Civil Veterinary Department. Madras. Admin. report 1910-25 - 1910-1925
Year: 1910
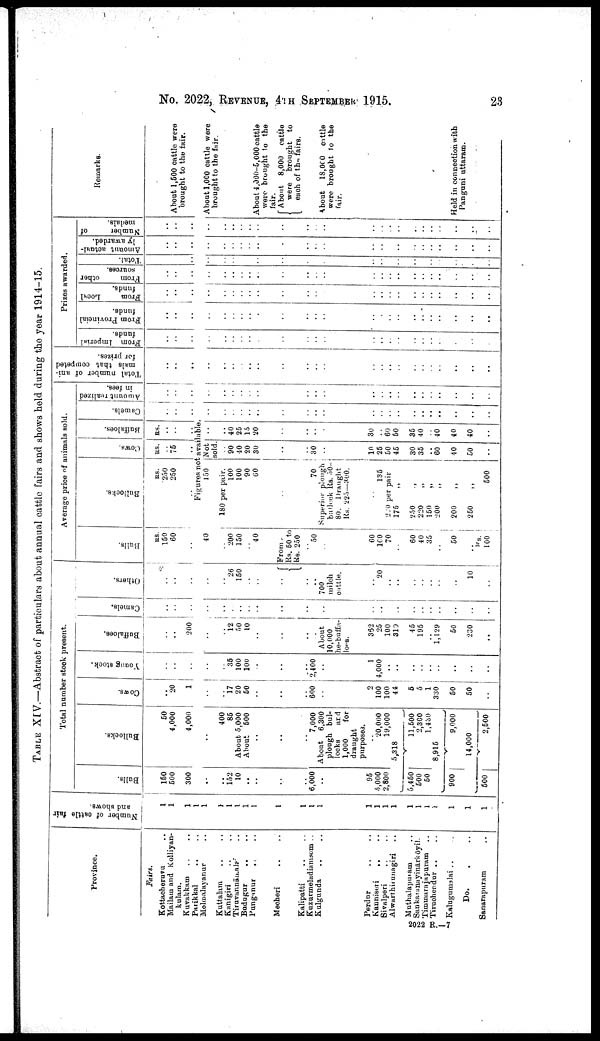
No. 2022, REVENUE, 4TH SEPTEMBER 1915.
23
TABLE XIV.—Abstract of particulars about annual cattle fairs and shows hold during the year 1914-15
Province.
Fairs.
Kottacheruvu ..
Mailam and Kolliyan-
kulam.
Kuvakkam .. ..
Parikkal .. ..
Melmalayanur ..
Kuttalam .. ..
Kanigiri .. ..
Tiruvunnāmal ..
Badugur .. ..
Punganur .. ..
Mecheri .. ..
Kalipatti .. ..
Kuzurmeladianisem ..
Kulgunda .. ..
Perdur .. ..
Kanniseri .. ..
Sivalperi .. ..
Alwarthirunagiri ..
Muthalapuram ..
Sankaranayinarkōyil.
Timmarajapuram ..
Tiruchendur .. ..
Kalugumslai .. .
Do. . ..
Sanarapuram ..
Number of cattle fair
and shows.
1
1
1
1
1
1
1
1
1
1
1
1
1
1
1
1
1
1
1
1
1
1
1
1
1
Total number stock present.
Bulls.
150
500
300
..
..
152
10
..
..
..
..
6,000
..
95
5,000
2,800
Bullocks.
50
4,000
4,000
..
400
85
About 5,000
About 500
..
..
..
7,000
About 6,300
plough bul
locks
and
1,000
for
draught
purposes.
..
20,000
19,000
5,318
5,450
500
50
11,600
2,300
1,430
8,915
900
9,000
14,000
500
2,500
Cows.
..
20
1
..
..
17
20
50
..
..
..
600
..
2
100
100
44
5
5
1
330
50
50
..
Young stock.
..
..
..
..
..
35
100
100
..
..
..
2,400
..
1
4,000
..
..
..
..
..
..
..
..
..
Buffaloes.
..
..
200
..
..
12
50
10
..
..
..
.
About
10,000
he-buffa-
loes.
362
25
100
310
45
195
..
1,129
50
230
..
Camels.
..
..
..
..
..
..
..
..
..
..
..
..
..
..
..
..
..
..
..
..
..
..
Others.
..
..
..
..
..
26
150
..
..
..
..
..
700
milch
cattle.
..
20
..
..
..
..
..
..
..
10
..
Average price of animals sold.
Bulls.
RS.
150
60
..
40
..
200
150
..
40
From
Rs. 50 to
Rs. 250
..
50
60
100
70
60
40
35
..
50
..
Rs.
100
Bullocks.
RS.
250
250
Cows.
RS.
..
75
..
Buffaloes.
RS.
..
..
..
Figures not available
150
180 per pair.
100
100
90
60
70
Superior plough
bullock Rs. 50
80. Draught
Rs 225—300.
135
2 0 per pair
175 „
250
„
220 „
150
„
200
200 „
250 „
500
Not
sold.
..
90
40
20
30
..
..
30
..
10
25
50
45
30
35
..
60
10
50
..
..
..
40
25
15
20
..
..
..
..
30
..
60
50
35
40
..
40
40
40
..
Camels.
..
..
..
..
..
..
..
..
..
..
..
..
..
..
..
..
..
..
..
..
..
..
..
..
Amount realized
in fees.
..
..
..
..
..
..
..
..
..
..
..
..
..
..
..
..
..
..
..
..
..
..
..
..
Total number of ani
mals that competed
for prizes.
..
..
..
..
..
..
.
..
..
..
..
..
..
..
..
..
..
..
..
..
..
..
..
..
Prizes awarded.
From Imperial
funds.
..
..
..
..
..
..
..
..
..
..
..
..
..
..
..
..
..
..
..
..
..
..
..
..
From Provincial
funds.
..
..
..
..
..
..
..
..
..
..
..
..
..
..
..
..
..
..
..
..
..
..
..
..
From
Local
funds.
..
..
..
..
..
..
..
..
..
..
..
..
..
..
..
..
..
..
..
..
..
..
..
..
From
other
sources.
..
..
..
..
..
..
..
..
..
..
..
..
..
..
..
..
..
..
..
..
..
..
..
..
Total.
..
..
..
..
..
..
..
..
..
..
..
..
..
..
..
..
..
..
..
..
..
..
..
Amount actual
ly awarded.
..
..
..
..
..
..
..
..
..
..
..
..
..
..
..
..
..
..
..
..
..
..
..
..
Number
of
medals.
..
..
..
..
..
..
..
..
..
..
..
..
..
..
..
..
..
..
..
..
..
..
..
Remarks.
About 1,500 cattle were
brought to the fair.
About 1,000 cattle were
brought to the fair
About 4,000-5,000 cattle
were brought to the
fair.
About 8,000 cattle
were brought to
each of the fairs.
About
18,000 cattle
were brought to the
fair.
Held in connection with
Panguni uttaram.
2022 R.—7